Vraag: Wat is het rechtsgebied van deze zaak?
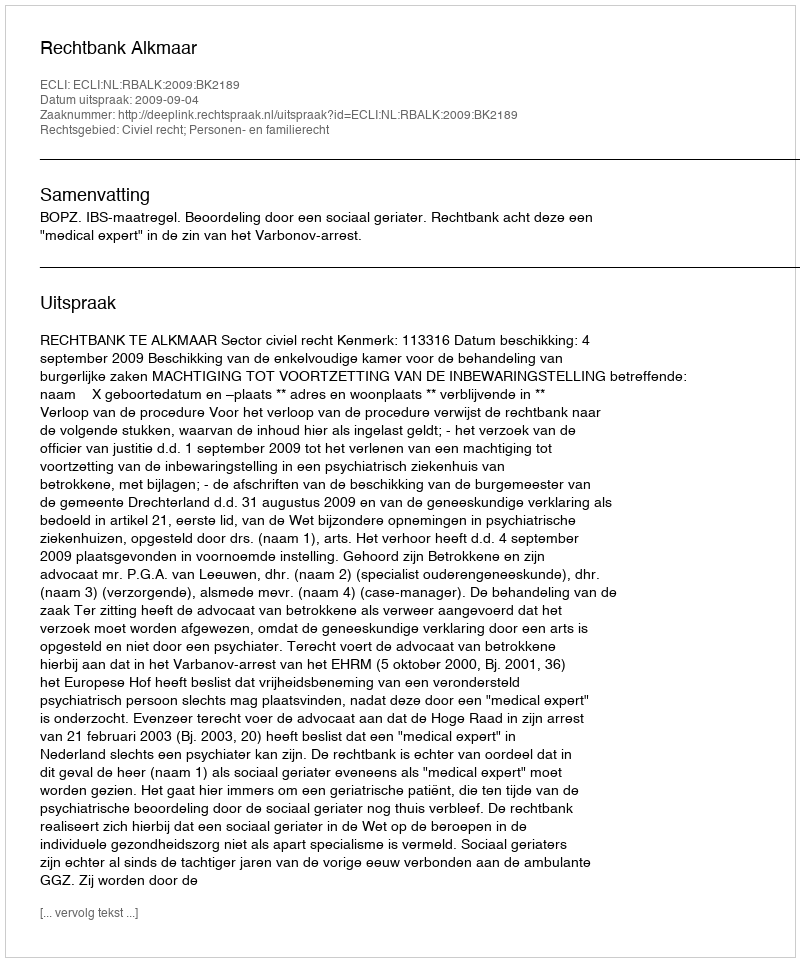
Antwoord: Civiel recht; Personen- en familierecht